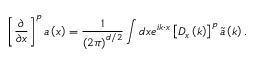
\left[ \frac { \partial } { \partial x } \right] ^ { p } \boldsymbol { a } \left( \boldsymbol { x } \right) = \frac { 1 } { \left( 2 \pi \right) ^ { d / 2 } } \int d \boldsymbol { x } e ^ { i \boldsymbol { k } \cdot \boldsymbol { x } } \left[ D _ { x } \left( \boldsymbol { k } \right) \right] ^ { p } \tilde { \boldsymbol { a } } \left( \boldsymbol { k } \right) .